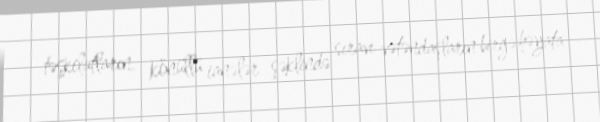
təşkilatların, könüllü ianələr şəklində sıravı vətəndaşların birgə həyata